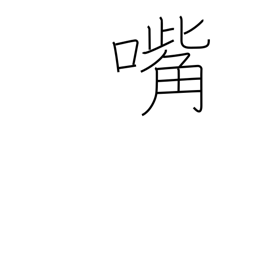
Meaning: bill